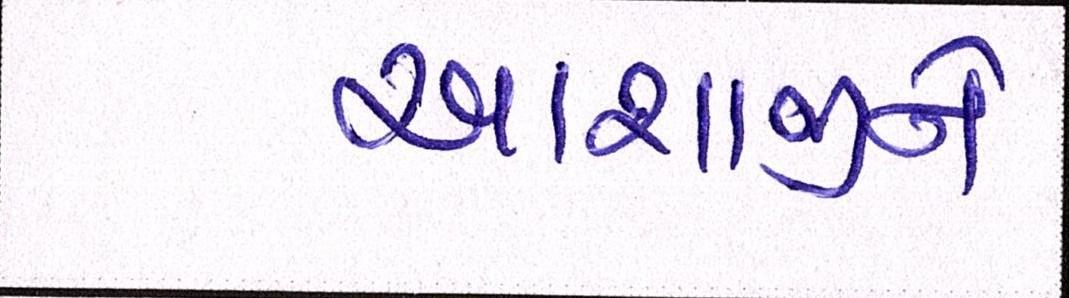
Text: આશાજીને